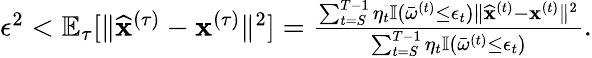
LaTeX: \begin{array}{r}{\epsilon^{2}<\mathbb{E}_{\tau}[\| \widehat{\mathbf x}^{(\tau)}-{\mathbf x}^{(\tau)}\| ^{2}]=\frac{\sum_{t=S}^{T-1}\eta_{t}\mathbb{I}(\bar{\omega}^{(t)}\leq\epsilon_{t})\| \widehat{\mathbf x}^{(t)}-{\mathbf x}^{(t)}\| ^{2}}{\sum_{t=S}^{T-1}\eta_{t}\mathbb{I}(\bar{\omega}^{(t)}\leq\epsilon_{t})}.}\end{array}